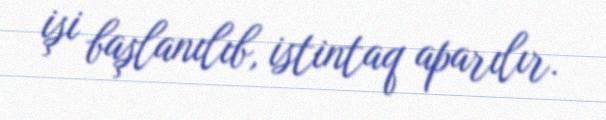
işi başlanılıb, istintaq aparılır.